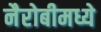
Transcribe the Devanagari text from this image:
नैरोबीमध्ये